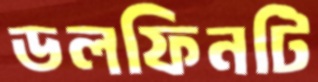
ডলফিনটি